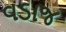
વડાજ